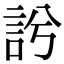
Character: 䚷